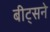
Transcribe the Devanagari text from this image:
बीट्सने